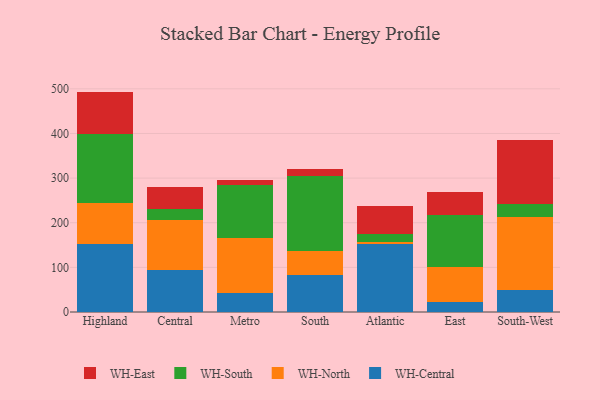
{"axis": {"x": "Region", "y": "Demand Index"}, "legend": ["WH-Central", "WH-East", "WH-North", "WH-South"], "data": [{"x": "Highland", "y": 153.3, "type": "WH-Central"}, {"x": "Highland", "y": 90.7, "type": "WH-North"}, {"x": "Highland", "y": 155.6, "type": "WH-South"}, {"x": "Highland", "y": 94.2, "type": "WH-East"}, {"x": "Central", "y": 93.3, "type": "WH-Central"}, {"x": "Central", "y": 113.8, "type": "WH-North"}, {"x": "Central", "y": 24.1, "type": "WH-South"}, {"x": "Central", "y": 49.1, "type": "WH-East"}, {"x": "Metro", "y": 42.2, "type": "WH-Central"}, {"x": "Metro", "y": 122.6, "type": "WH-North"}, {"x": "Metro", "y": 119.7, "type": "WH-South"}, {"x": "Metro", "y": 11.9, "type": "WH-East"}, {"x": "South", "y": 83.8, "type": "WH-Central"}, {"x": "South", "y": 52.7, "type": "WH-North"}, {"x": "South", "y": 167.7, "type": "WH-South"}, {"x": "South", "y": 16.6, "type": "WH-East"}, {"x": "Atlantic", "y": 151.7, "type": "WH-Central"}, {"x": "Atlantic", "y": 5.2, "type": "WH-North"}, {"x": "Atlantic", "y": 17.5, "type": "WH-South"}, {"x": "Atlantic", "y": 62.0, "type": "WH-East"}, {"x": "East", "y": 23.5, "type": "WH-Central"}, {"x": "East", "y": 78.2, "type": "WH-North"}, {"x": "East", "y": 114.9, "type": "WH-South"}, {"x": "East", "y": 51.4, "type": "WH-East"}, {"x": "South-West", "y": 49.6, "type": "WH-Central"}, {"x": "South-West", "y": 163.6, "type": "WH-North"}, {"x": "South-West", "y": 27.9, "type": "WH-South"}, {"x": "South-West", "y": 144.3, "type": "WH-East"}]}